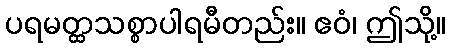
ပရမတ္ထသစ္စာပါရမီတည်း။ ဧဝံ၊ ဤသို့။